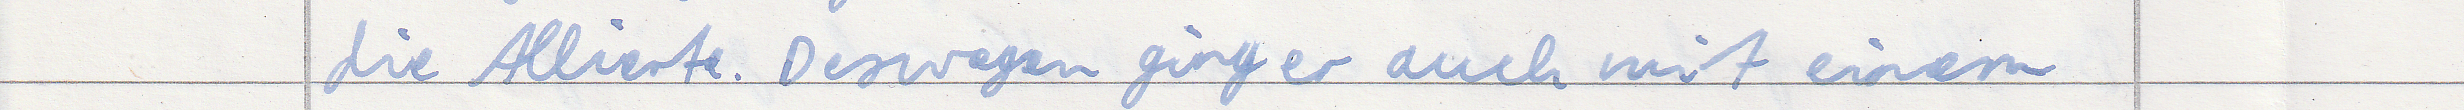
die Allierte. Deswegen ging er auch mit einem